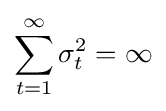
\sum _{t=1}^{\infty }\sigma _{t}^{2}=\infty